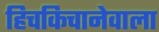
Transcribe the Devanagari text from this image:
हिचकिचानेवाला